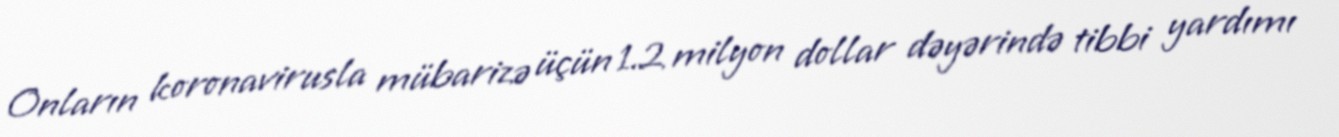
Onların koronavirusla mübarizə üçün 1.2 milyon dollar dəyərində tibbi yardımı